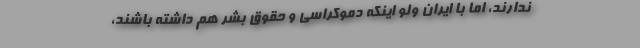
ندارند، اما با ایران ولو اینکه دموکراسی و حقوق بشر هم داشته باشند،